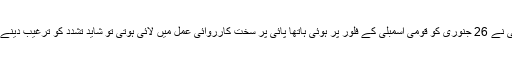
اگر اسپیکر قومی اسمبلی نے 26 جنوری کو قومی اسمبلی کے فلور پر ہوئی ہاتھا پائی پر سخت کارروائی عمل میں لائی ہوتی تو شاید تشدد کو ترغیب دینے والے دو دفعہ سوچتے۔